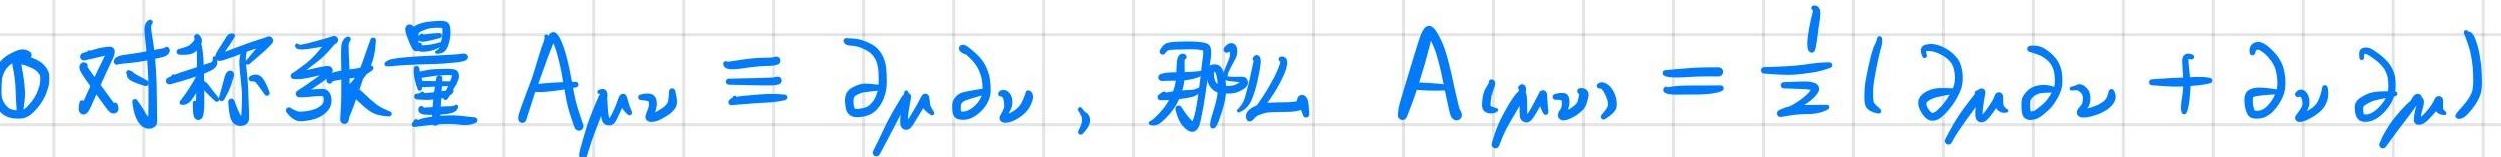
\textcircled{1} 对称张量 $A_{\mu\nu} \equiv \partial_{\mu}\partial_{\nu}$，那么 $A_{(\mu\nu)} = \frac{1}{2}(\partial_{\mu}\partial_{\nu} + \partial_{\nu}\partial_{\mu})$